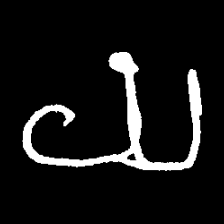
Pyu character \u2014 Myanmar letter: ယ (romanized: ya)